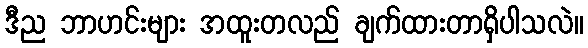
ဒီည ဘာဟင်းများ အထူးတလည် ချက်ထားတာရှိပါသလဲ။